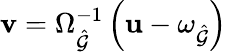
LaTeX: \mathbf{v}=\Omega_{\hat{\mathcal{G}}}^{-1}\left(\mathbf{u}-\omega_{\hat{\mathcal{G}}}\right)